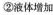
②液体增加